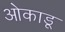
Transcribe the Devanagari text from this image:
ओकाडू